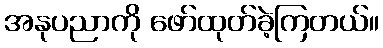
အနုပညာကို ဖော်ထုတ်ခဲ့ကြတယ်။